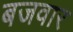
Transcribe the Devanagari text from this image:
बजवार